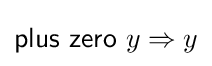
{\mathsf {plus\ zero}}\ y\Rightarrow y